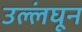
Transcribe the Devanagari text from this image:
उल्लंघून